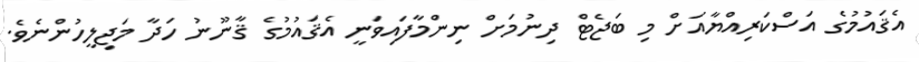
އެޤައުމުގެ އަސްކަރިއްޔާއަށް މި ބަޖެޓް ދިނުމަށް ނިންމާފައިވަނީ އެޤައުމުގެ ޤާނޫނު ހަދާ މަޖިލީހުންނެވެ.